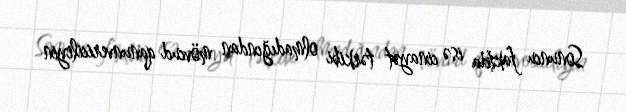
Sonuncu faktda isə cinayət tərkibi olmadığından mövcud qanunvericiliyin